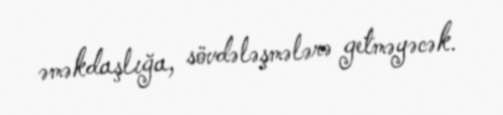
əməkdaşlığa, sövdələşmələrə getməyəcək.